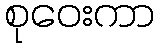
စုဝေးကာ